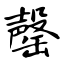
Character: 罄